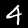
Label: 4